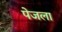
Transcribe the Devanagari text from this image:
पेजला